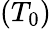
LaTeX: (T_{0})